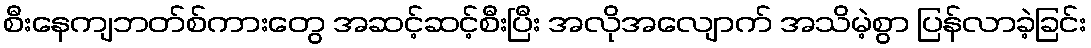
စီးနေကျဘတ်စ်ကားတွေ အဆင့်ဆင့်စီးပြီး အလိုအလျောက် အသိမဲ့စွာ ပြန်လာခဲ့ခြင်း